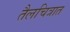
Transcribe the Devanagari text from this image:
तैलचित्रात